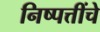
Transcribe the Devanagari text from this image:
निष्पत्तींचे